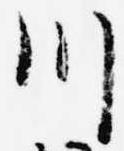
川